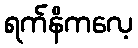
ရက်နိကလေ့